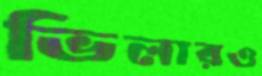
ভিলারও